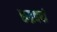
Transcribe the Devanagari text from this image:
रुद्रवर्षा